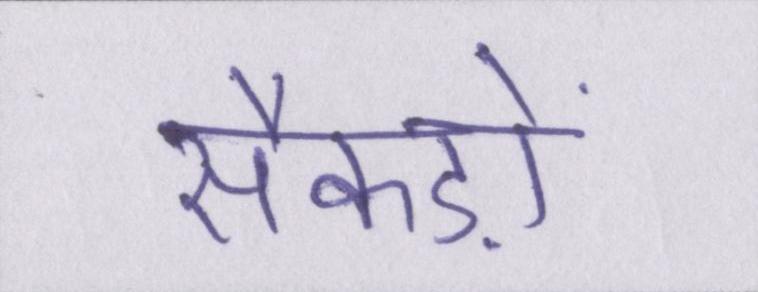
सैकड़ों